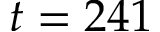
t = 2 4 1